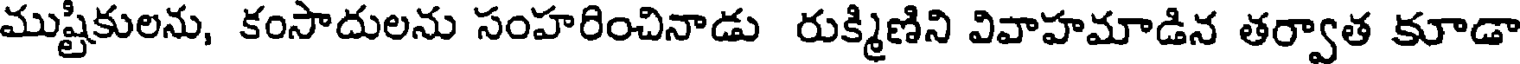
ముష్టికులను, కంసాదులను సంహరించినాడు రుక్మిణిని వివాహమాడిన తర్వాత కూడా